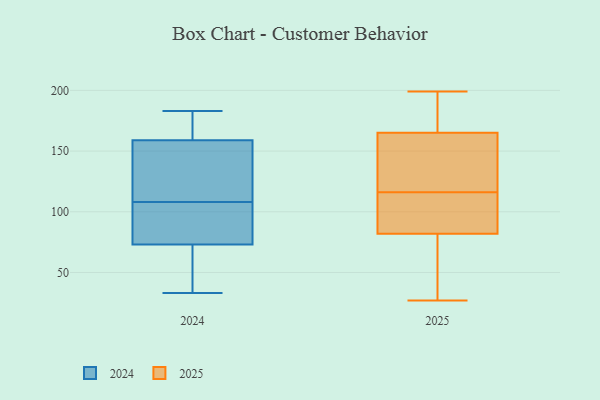
{"axis": {"x": "Satisfaction Score", "y": "Value"}, "legend": ["2024", "2025"], "data": [{"x": "", "y": 159, "type": "2024"}, {"x": "", "y": 111, "type": "2024"}, {"x": "", "y": 105, "type": "2024"}, {"x": "", "y": 135, "type": "2024"}, {"x": "", "y": 73, "type": "2024"}, {"x": "", "y": 183, "type": "2024"}, {"x": "", "y": 87, "type": "2024"}, {"x": "", "y": 33, "type": "2024"}, {"x": "", "y": 169, "type": "2024"}, {"x": "", "y": 48, "type": "2024"}, {"x": "", "y": 166, "type": "2025"}, {"x": "", "y": 197, "type": "2025"}, {"x": "", "y": 94, "type": "2025"}, {"x": "", "y": 165, "type": "2025"}, {"x": "", "y": 199, "type": "2025"}, {"x": "", "y": 146, "type": "2025"}, {"x": "", "y": 82, "type": "2025"}, {"x": "", "y": 109, "type": "2025"}, {"x": "", "y": 66, "type": "2025"}, {"x": "", "y": 156, "type": "2025"}, {"x": "", "y": 123, "type": "2025"}, {"x": "", "y": 54, "type": "2025"}, {"x": "", "y": 85, "type": "2025"}, {"x": "", "y": 27, "type": "2025"}]}